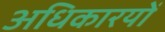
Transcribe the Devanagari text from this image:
अधिकारयों